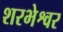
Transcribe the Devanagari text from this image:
शरभेश्वर